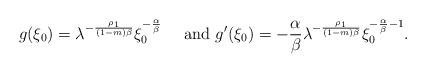
LaTeX: \begin{align*}g(\xi_0)=\lambda^{-\frac{\rho_1}{(1-m)\beta}}\xi_0^{-\frac{\alpha}{\beta}}\quad\mbox{ and }g'(\xi_0)=-\frac{\alpha}{\beta}\lambda^{-\frac{\rho_1}{(1-m)\beta}}\xi_0^{-\frac{\alpha}{\beta}-1}.\end{align*}